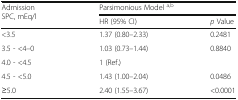
| <ROWSPAN=2> Admission SPC, mEq/l | <COLSPAN=2> Parsimonious Model a,b |
 | HR (95% CI) | p Value |
 | --- | --- | --- |
 | <3.5 | 1.37 (0.80–2.33) | 0.2481 |
 | 3.5 - <4–0 | 1.03 (0.73–1.44) | 0.8840 |
 | 4.0 - <4.5 | 1 (Ref.) |  |
 | 4.5 - <5.0 | 1.43 (1.00–2.04) | 0.0486 |
 | ≥5.0 | 2.40 (1.55–3.67) | <0.0001 |